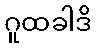
ဂူထခါဒိ